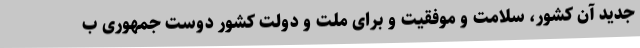
جدید آن کشور، سلامت و موفقیت و برای ملت و دولت کشور دوست جمهوری ب